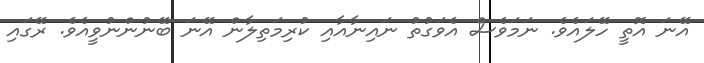
އޭނަ އޮތީ ހޭލައެވެ. ނަމަވެސް އެވަގުތު ނައިނާއާއި ކުރިމަތިލާން އޭނަ ބޭނުންނުވީއެވެ. ރޭގައި